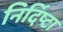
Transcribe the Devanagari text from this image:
निर्दिष्टा